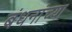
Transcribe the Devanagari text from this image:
बंधनांच्या